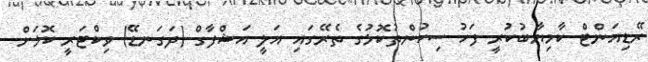
ރޭޑިއަންޓް ކާމިޔާބުކުރީ ފަހު ސިކުންތުކޮޅުގެ ތެރޭގައި އަލީ އަޝްފާގް (ދަގަނޑޭ) ވިކްޓަރީ ކޮޅަށް